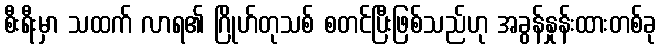
စီးရီးမှာ သထက် လာရ၏ ဂြိုဟ်တုသစ် စတင်ပြီးဖြစ်သည်ဟု အခွန်နှုန်းထားတစ်ခု